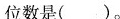
位数是()。